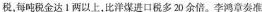
税，每吨税金达1两以上，比洋煤进口税多20余倍。李鸿章奏准